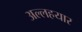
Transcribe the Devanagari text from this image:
अल्लहयार